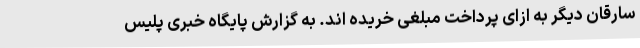
سارقان دیگر به ازای پرداخت مبلغی خریده اند. به گزارش پایگاه خبری پلیس